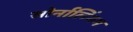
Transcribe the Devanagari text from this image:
सोर्नालिंगम